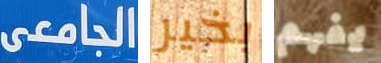
الجامعى بخير يفهم